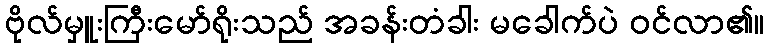
ဗိုလ်မှူးကြီးမော်ရိုးသည် အခန်းတံခါး မခေါက်ပဲ ဝင်လာ၏။